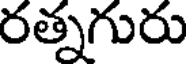
రత్నగురు